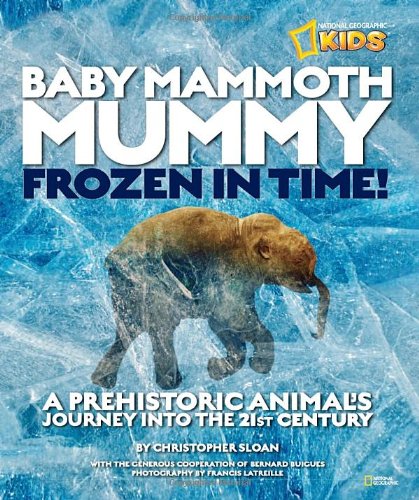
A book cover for Baby Mammoth Mummy: Frozen in Time: A Prehistoric Animal's Journey into the 21st Century (National Geographic Kids); Christopher Sloan; Children's Books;